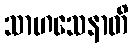
သာဟသေနာတိ